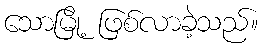
သောမြို့ ဖြစ်လာခဲ့သည်။